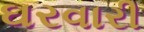
ઘરવારી